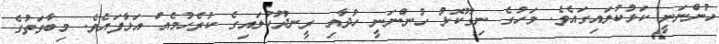
ހުންނަނީ ކަޅުކުލައިގައެވެ. މަހުގެ ނިގޫކޮޅު ހުންނަނީ ހުދާއި ރީނދޫކުލައިގެ ކުރެހުމެއް އަޅާފައެވެ. މިބާވަތުގެ